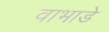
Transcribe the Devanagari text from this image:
वाभाडे